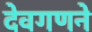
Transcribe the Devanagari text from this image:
देवगणने